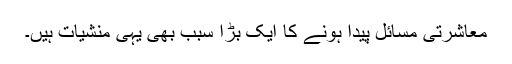
معاشرتی مسائل پیدا ہونے کا ایک بڑا سبب بھی یہی منشیات ہیں۔